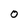
Character: 0